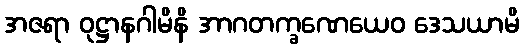
အဇရာ ဝုဋ္ဌာနဂါမိနိ အာဂတက္ခဏေယေဝ ဒေသယာမိ